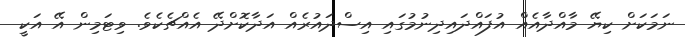
ނަމަކަށް ކިޔޭ މާއްދާއެއް އުުފައްދައިދިނުމުގައި އިސްދައުރެއް އަދާކޮށްދޭ އެއްޗެކެވެ. ވިޓަމިން އޭ އަކީ